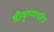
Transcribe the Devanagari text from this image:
श्रीकृष्णचरित्र